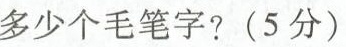
多少个毛笔字?(5分)